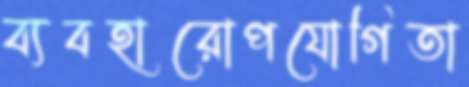
ব্যবহারোপযোগিতা